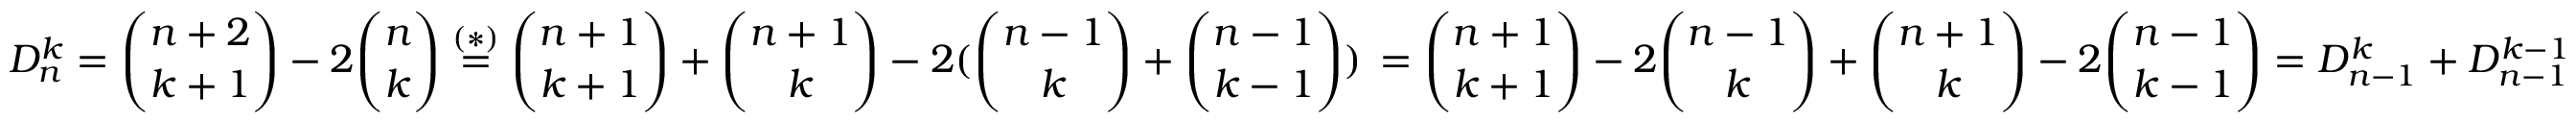
D _ { n } ^ { k } = \binom { n + 2 } { k + 1 } - 2 \binom { n } { k } \stackrel { ( * ) } { = } \binom { n + 1 } { k + 1 } + \binom { n + 1 } { k } - 2 ( \binom { n - 1 } { k } + \binom { n - 1 } { k - 1 } ) \, = \binom { n + 1 } { k + 1 } - 2 \binom { n - 1 } { k } + \binom { n + 1 } { k } - 2 \binom { n - 1 } { k - 1 } = D _ { n - 1 } ^ { k } + D _ { n - 1 } ^ { k - 1 }